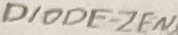
Text: DIODE-ZEN